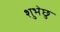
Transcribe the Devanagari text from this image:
शुभेछु